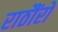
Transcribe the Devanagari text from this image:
राठौंरों